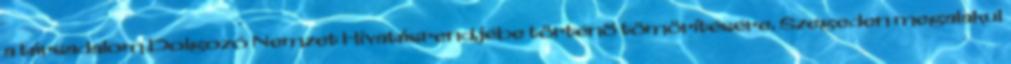
a társadalom Dolgozó Nemzet Hivatásrendjébe történõ tömörítésére. Szegeden megalakul